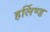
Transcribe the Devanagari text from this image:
हर्लिण्ड